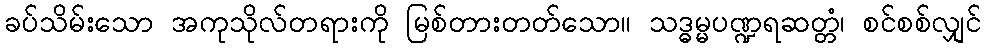
ခပ်သိမ်းသော အကုသိုလ်တရားကို မြစ်တားတတ်သော။ သဒ္ဓမ္မပဏ္ဍရဆတ္တံ၊ စင်စစ်လျှင်